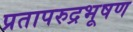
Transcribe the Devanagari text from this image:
प्रतापरुद्रभूषण